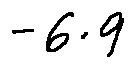
- 6 . 9